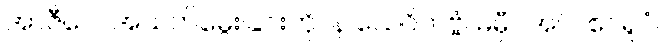
အာဇီဝေါ၊ အသက်မွေးခြင်းကို။ န သေဝိတဗ္ဗံ၊ မမှီဝဲအပ်။ ဧဝရူပံ၊